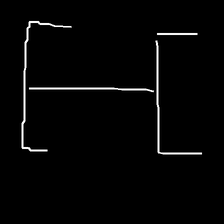
Glyph: entwine